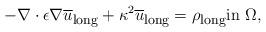
LaTeX: \begin{align*} -\nabla\cdot \epsilon \nabla \overline{u}_{\mbox{\footnotesize long}} + \kappa^2 \overline{u}_{\mbox{\footnotesize long}}=\rho_{\mbox{\footnotesize long}} \mbox{in } \Omega,\end{align*}